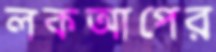
লকআপের